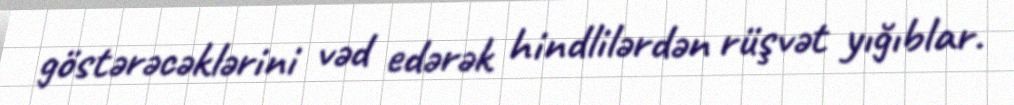
göstərəcəklərini vəd edərək hindlilərdən rüşvət yığıblar.